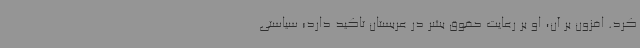
کرد. افزون بر آن، او بر رعایت حقوق بشر در عربستان تاکید دارد؛ سیاستی